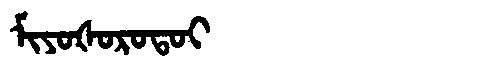
Manchu: ᠮᡳᠶᠣᡧᠣᡵᠣᡨᠣᡳ
Romanization: MIYOŠOROTOI